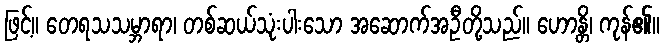
ဖြင့်။ တေရသသမ္ဘာရာ၊ တစ်ဆယ်သုံးပါးသော အဆောက်အဦတို့သည်။ ဟောန္တိ၊ ကုန်၏။